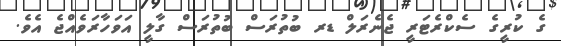
ގެ ކުރީގެ ސެކްރެޓަރީ ޖެނެރަލް ޑރ ބުތުރަސް ބުތުރަސް ގާލީ އަވަހާރަވެއްޖެ އެެވެ.